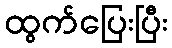
ထွက်ပြေးပြီး